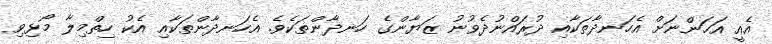
އެއީ އަހަންނަށް އެހަނދާތަކާއި ދުރައްނުދެވުނު ޒަޔާންގެ ހަނދާންތަކެވެ. އެހަނދާންތަކާއި އެކު ހިތްމިލާ މޯޅިވި